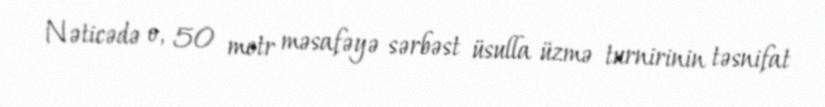
Nəticədə o, 50 metr məsafəyə sərbəst üsulla üzmə turnirinin təsnifat